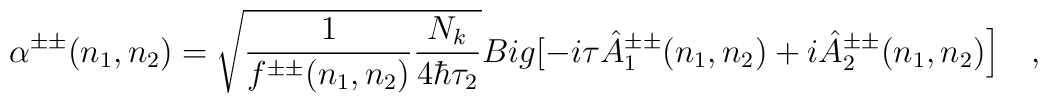
\alpha^{\pm\pm}(n_1,n_2)=\sqrt{\frac{1}{f^{\pm\pm}(n_1,n_2)}\frac{N_k}{4\hbar\tau_2}}\\Big[-i\tau \hat{A}_1^{\pm\pm}(n_1,n_2)+i\hat{A}_2^{\pm\pm}(n_1,n_2)\Big]\ \ \ ,